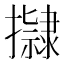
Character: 𭢿